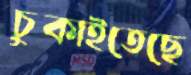
চুকাইতেছে